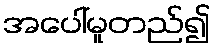
အပေါ်မူတည်၍